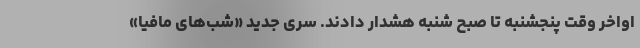
اواخر وقت پنجشنبه تا صبح شنبه هشدار دادند. سری جدید «شب‌های مافیا»